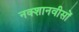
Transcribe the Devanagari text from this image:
नक्शानवीसों